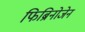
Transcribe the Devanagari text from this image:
फिब्रिनोजेन